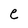
Character: e